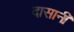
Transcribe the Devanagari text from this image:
दासानी